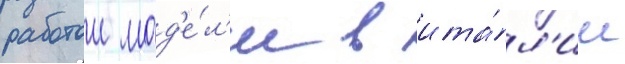
работои мод'е́л'и в ита́л'ии